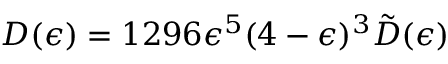
D ( \epsilon ) = 1 2 9 6 \epsilon ^ { 5 } ( 4 - \epsilon ) ^ { 3 } \tilde { D } ( \epsilon )